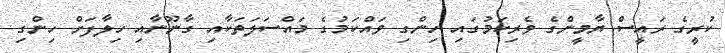
ކުރީގެ ރައީސް ޔާމީންގެ ވެރިކަމުގައި ހިންގި ވައްކަމުގެ މައްސަލަތަކާއި ގާނޫނާއި ހިލާފަށް ހިންގި